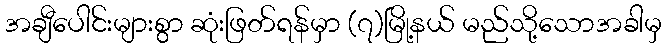
အချီပေါင်းများစွာ ဆုံးဖြတ်ရန်မှာ (၇)မြို့နယ် မည်သို့သောအခါမှ